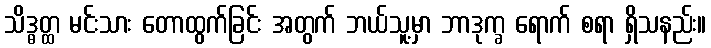
သိဒ္ဓတ္ထ မင်းသား တောထွက်ခြင်း အတွက် ဘယ်သူ့မှာ ဘာဒုက္ခ ရောက် စရာ ရှိသနည်း။